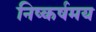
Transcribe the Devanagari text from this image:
निष्कर्षमय